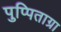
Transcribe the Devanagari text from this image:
पुप्पिताग्रा